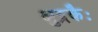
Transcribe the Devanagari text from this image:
क्षुद्रकैः